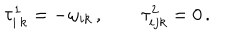
\tau _ { i \, k } ^ { 1 } = - \omega _ { i k } \, , \qquad \tau _ { i j k } ^ { 2 } = 0 \, .